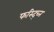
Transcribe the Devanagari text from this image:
फस्द्च्नि